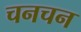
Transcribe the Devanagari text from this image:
चनचन